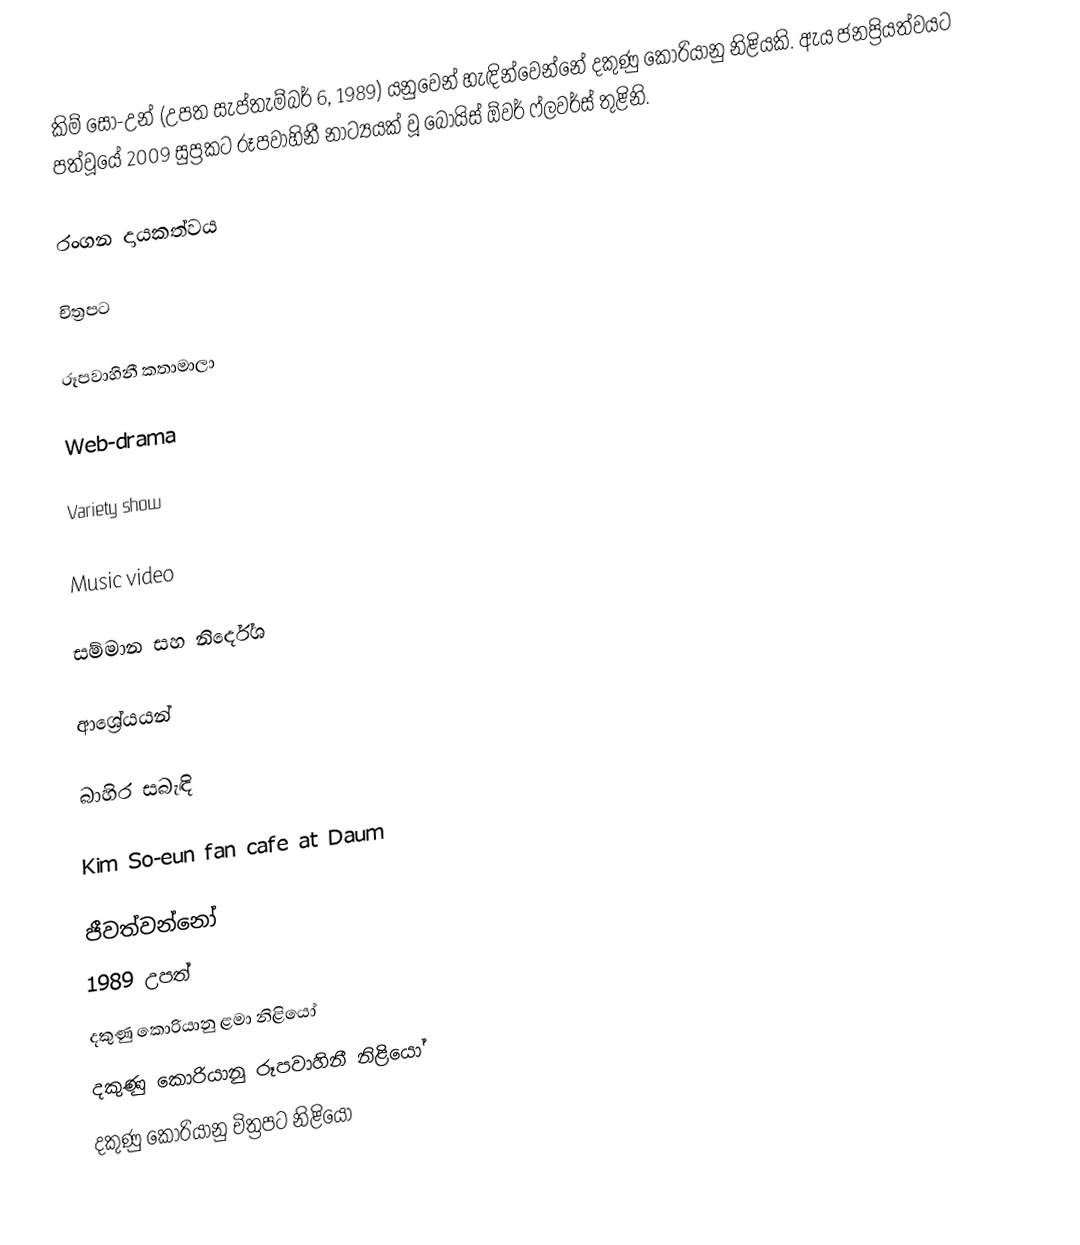
කිම් සෝ-උන් (උපත සැප්තැම්බර් 6, 1989) යනුවෙන් හැඳින්වෙන්නේ දකුණු කොරියානු නිළියකි. ඇය ජනප්‍රියත්වයට පත්වූයේ 2009 සුප්‍රකට රූපවාහිනී නාට්‍යයක් වූ බෝයිස් ඕවර් ෆ්ලවර්ස් තුළිනි.

රංගන දායකත්වය

චිත්‍රපට

රූපවාහිනී කතාමාලා

Web-drama

Variety show

Music video

සම්මාන සහ නිර්දේශ

ආශ්‍රේයයන්

බාහිර සබැඳි

 Kim So-eun fan cafe at Daum

ජීවත්වන්නෝ
1989 උපත්
දකුණු කොරියානු ළමා නිළියෝ
දකුණු කොරියානු රූපවාහිනී නිළියෝ
දකුණු කොරියානු චිත්‍රපට නිළියෝ